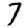
Digit: 7